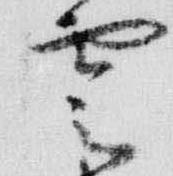
雲